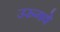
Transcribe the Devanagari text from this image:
उरुगवे